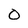
Character: 0